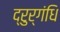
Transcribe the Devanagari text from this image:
द्रुर्गंधि